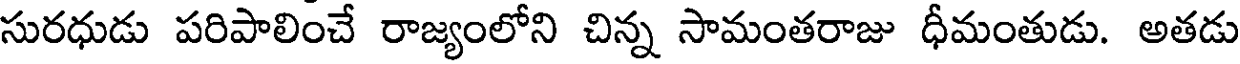
సురధుడు పరిపాలించే రాజ్యంలోని చిన్న సామంతరాజు ధీమంతుడు. అతడు